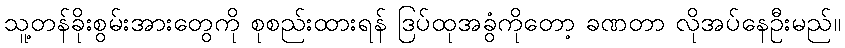
သူ့တန်ခိုးစွမ်းအားတွေကို စုစည်းထားရန် ဒြပ်ထုအခွံကိုတော့ ခဏတာ လိုအပ်နေဦးမည်။